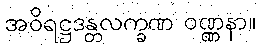
အဝိရဋ္ဌဒန္တလက္ခဏ ဝဏ္ဏနာ။